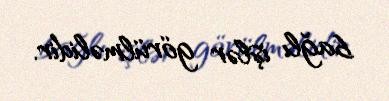
bağlı işlər görülməlidir.